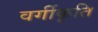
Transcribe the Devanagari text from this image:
वर्गीकृति